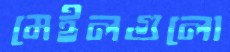
মেইলগুলো